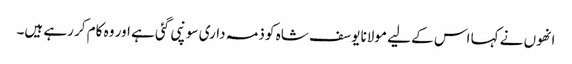
انھوں نے کہا اس کے لیے مولانا یوسف شاہ کو ذمہ داری سونپی گئی ہے اور وہ کام کر رہے ہیں۔